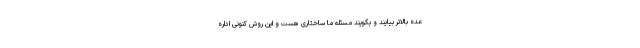
عده بالاتر بیایند و بگویند مسئله ما ساختاری هست و این روش کنونی اداره